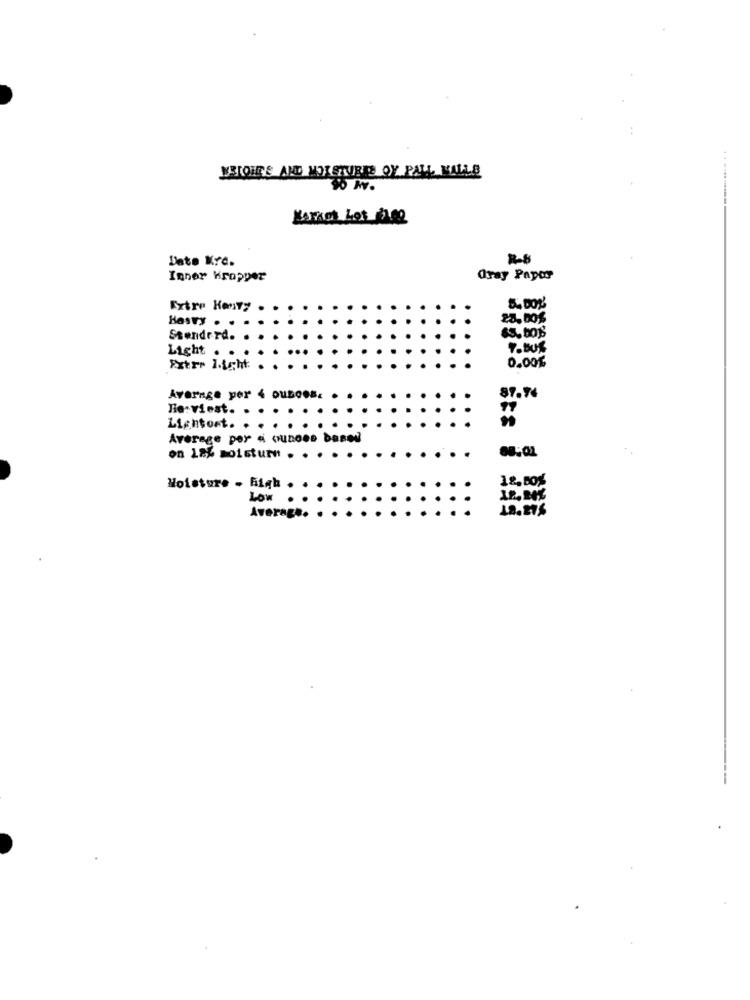
MELOHE'S AND MORETURES OY PALL MALLS
SO Av.
Date Krc.
Inner Kropper
Oray Paper
Extre Kenyy
5.00%%
20,00%
Hosty . .
Stenderd.
Light
0.001
Extre licht:
Average per 4 ouBoos.
87.74
Tie: viest.
Lightost. .
Average per « ounces based
on 18% moistur . . . .
12,50%
Moisture - Fiqh .
Low
Average.